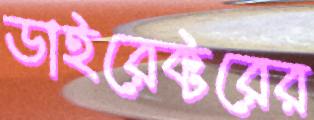
ডাইরেক্টরের